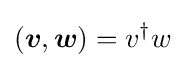
({\boldsymbol {v}},{\boldsymbol {w}})=v^{\dagger }w